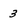
Character: 3